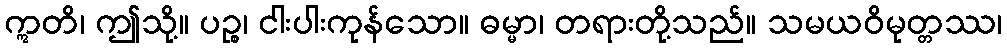
ဣတိ၊ ဤသို့။ ပဉ္စ၊ ငါးပါးကုန်သော။ ဓမ္မာ၊ တရားတို့သည်။ သမယဝိမုတ္တဿ၊